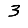
Digit: 3